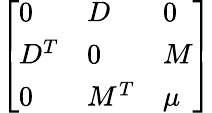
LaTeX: \left[\begin{array}{lll}{{0}}&{{D}}&{{0}}\\ {{D^{T}}}&{{0}}&{{M}}\\ {{0}}&{{M^{T}}}&{{\mu}}\end{array}\right]